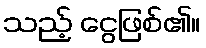
သည့် ငွေဖြစ်၏။